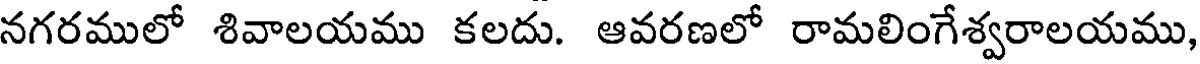
నగరములో శివాలయము కలదు. ఆవరణలో రామలింగేశ్వరాలయము,